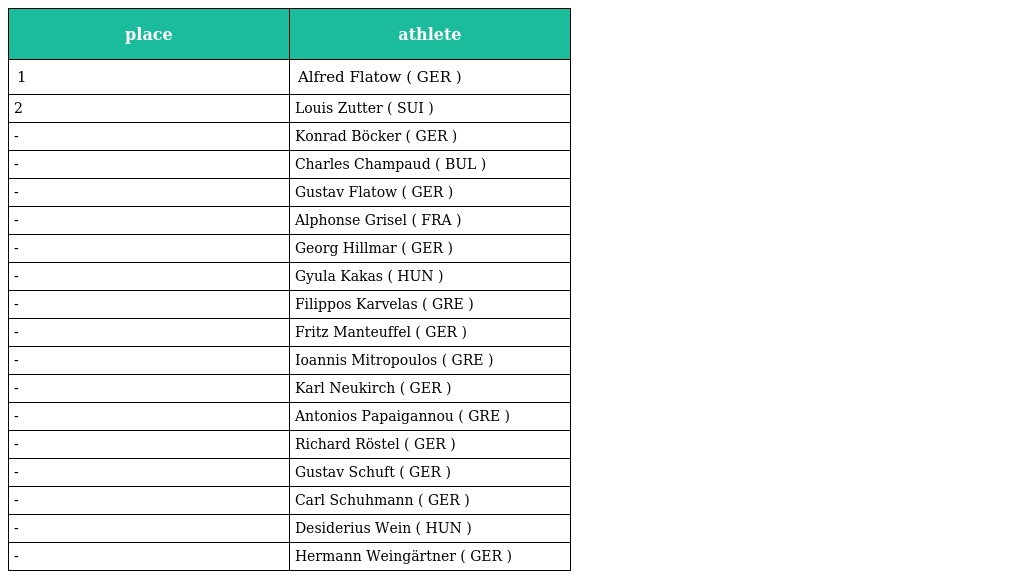
| place | athlete |
 | --- | --- |
 | 1 | Alfred Flatow ( GER ) |
 | 2 | Louis Zutter ( SUI ) |
 | - | Konrad Böcker ( GER ) |
 | - | Charles Champaud ( BUL ) |
 | - | Gustav Flatow ( GER ) |
 | - | Alphonse Grisel ( FRA ) |
 | - | Georg Hillmar ( GER ) |
 | - | Gyula Kakas ( HUN ) |
 | - | Filippos Karvelas ( GRE ) |
 | - | Fritz Manteuffel ( GER ) |
 | - | Ioannis Mitropoulos ( GRE ) |
 | - | Karl Neukirch ( GER ) |
 | - | Antonios Papaigannou ( GRE ) |
 | - | Richard Röstel ( GER ) |
 | - | Gustav Schuft ( GER ) |
 | - | Carl Schuhmann ( GER ) |
 | - | Desiderius Wein ( HUN ) |
 | - | Hermann Weingärtner ( GER ) |